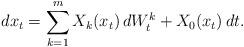
LaTeX: \begin{align*}dx_t=\sum_{k=1}^m X_k(x_t)\,dW^k_t+ X_0(x_t)\,dt.\end{align*}